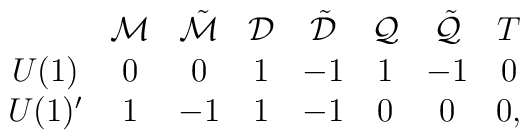
\begin{array}{cccccccc}      & {\cal M} & \tilde{\cal M} & {\cal D} & \tilde{\cal D}       & {\cal Q} & \tilde{\cal Q} & T \\U(1)  &  0       &  0             &   1      &  -1                  &  1       & -1             &   0 \\U(1)' &  1       & -1             &   1      &  -1        &  0       &  0             & 0  ,\end{array}